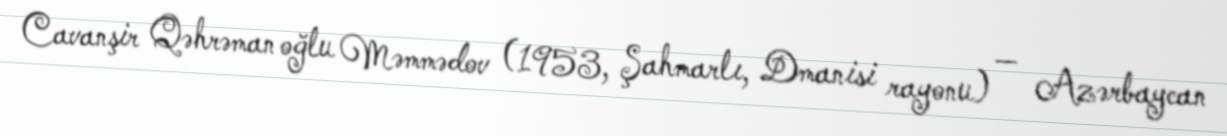
Cavanşir Qəhrəman oğlu Məmmədov (1953, Şahmarlı, Dmanisi rayonu) — Azərbaycan